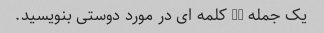
یک جمله 10 کلمه ای در مورد دوستی بنویسید.